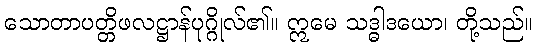
သောတာပတ္တိဖလဋ္ဌာန်ပုဂ္ဂိုလ်၏။ ဣမေ သဒ္ဓါဒယော၊ တို့သည်။